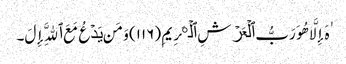
ٰهَ إِلَّا هُوَ رَبُّ ٱلۡعَرۡشِ ٱلۡڪَرِیمِ (١١٦) وَمَن یَدۡعُ مَعَ ٱللَّهِ إِلَ۔